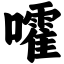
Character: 嚯